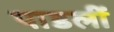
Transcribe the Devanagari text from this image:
पाडलीं